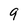
Character: 9